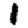
Digit: 1